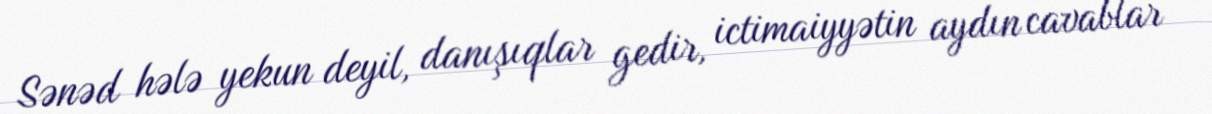
Sənəd hələ yekun deyil, danışıqlar gedir, ictimaiyyətin aydın cavablar